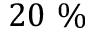
2 0 ~ \%